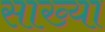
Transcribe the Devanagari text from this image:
साख्या